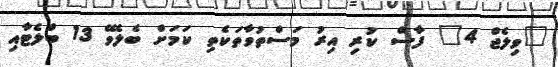
"ވިލެޖް 4" ފާސް ކުރި އިރު މަސްތުވާތަކެތި ކަމަށް ބެލެވޭ 13 ބްލެޓާއި